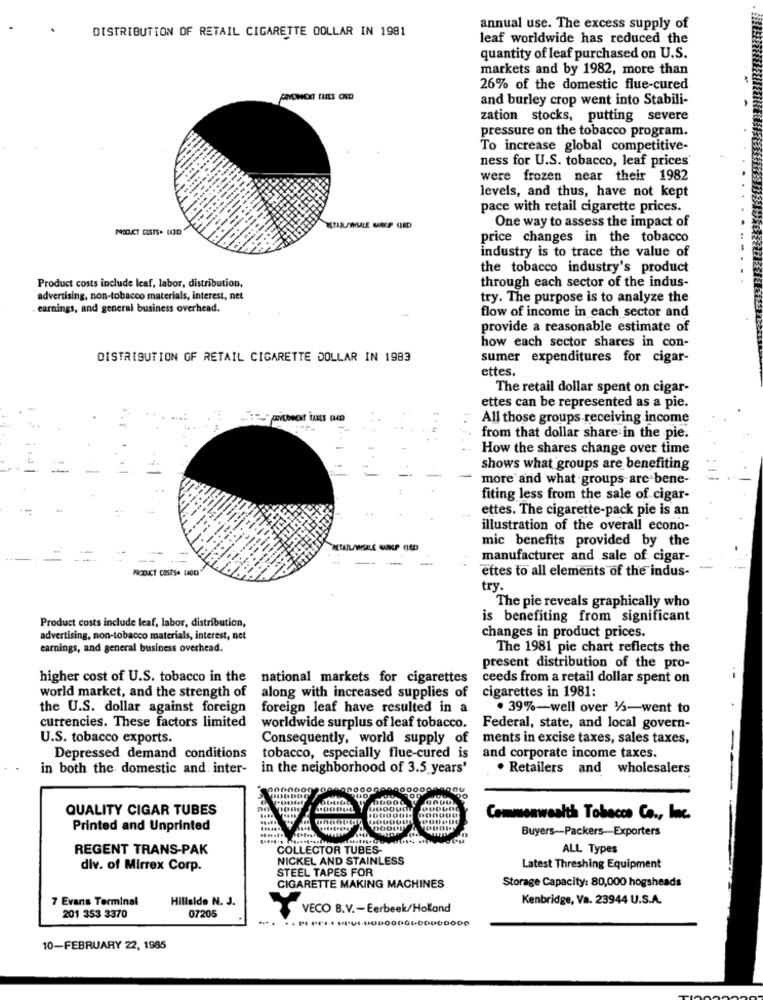
DISTRIBUTION OF RETAIL CIGARETTE DOLLAR IN 1981
annual use. The excess supply of
leaf worldwide has reduced the
quantity of leaf purchased on U.S.
markets and by 1982, more than
26% of the domestic flue-cured
and burley crop went into Stabili-
zation stocks, putting severe
pressure on the tobacco program.
To increase global competitive-
ness for U.S. tobacco, leaf prices
were frozen near their 1982
levels, and thus, have not kept
pace with retail cigarette prices.
PRODUCT COSTS. (30
One way to assess the impact of
price changes in the tobacco
industry is to trace the value of
the tobacco industry's product
through each sector of the indus-
Product costs include leaf, labor, distribution,
advertising, non-tobacco materials, interest, net
try. The purpose is to analyze the
earnings, and general business overhead.
flow of income in each sector and
provide a reasonable estimate of
how each sector shares in con-
DISTRIBUTION OF RETAIL CIGARETTE DOLLAR IN 1983
sumer expenditures for cigar-
ettes.
The retail dollar spent on cigar-
ettes can be represented as a pie.
All those groups receiving income
from that dollar share in the pie.
How the shares change over time
shows what groups are benefiting
more and what groups are bene-
fiting less from the sale of cigar-
ettes. The cigarette-pack pie is an
illustration of the overall econo-
mic benefits provided by the
CIAD
manufacturer and sale of cigar-
PRODUCT COSTS+ LADO
ettes to all elements of the indus-
try.
The pie reveals graphically who
Product costs include leaf, labor, distribution,
is benefiting from significant
changes in product prices.
advertising, non-tobacco materials, interest, net
earnings, and general business overhead.
The 1981 pie chart reflects the
present distribution of the pro-
higher cost of U.S. tobacco in the national markets for cigarettes
ceeds from a retail dollar spent on
world market, and the strength of
cigarettes in 1981:
along with increased supplies of
the U.S. dollar against foreign
foreign leaf have resulted in a
. 39%-well over 1/3-went to
currencies. These factors limited
worldwide surplus of leaf tobacco.
Federal, state, and local govern-
U.S. tobacco exports.
Consequently, world supply of
ments in excise taxes, sales taxes,
Depressed demand conditions
tobacco, especially flue-cured is
and corporate income taxes.
in both the domestic and. inter-
in the neighborhood of 3.5 years'
. Retailers and wholesalers
QUALITY CIGAR TUBES
Commonwealth Tobacco Co ., Inc.
Printed and Unprinted
Veco
Buyers-Packers-Exporters
REGENT TRANS-PAK
COLLECTOR TUBES-
ALL Types
NICKEL AND STAINLESS
div. of Mirrex Corp.
STEEL TAPES FOR
Latest Threshing Equipment
Storage Capacity: 80,000 hogsheads
CIGARETTE MAKING MACHINES
7 Evans Terminal
Hillside N. J.
Kenbridge, Va. 23944 U.S.A.
07205
201 353 3370
VECO B.V .- Eerbeek/Holland
10-FEBRUARY 22, 1985